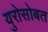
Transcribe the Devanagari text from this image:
युरोसोबत